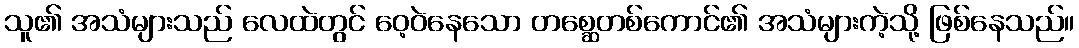
သူ၏ အသံများသည် လေထဲတွင် ဝေ့ဝဲနေသော တစ္ဆေတစ်ကောင်၏ အသံများကဲ့သို့ ဖြစ်နေသည်။